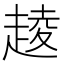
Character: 𧼔